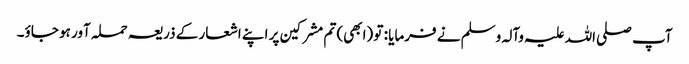
آپ صلی اللہ علیہ وآلہ وسلم نے فرمایا : تو (ابھی) تم مشرکین پر اپنے اشعار کے ذریعہ حملہ آور ہو جاؤ۔